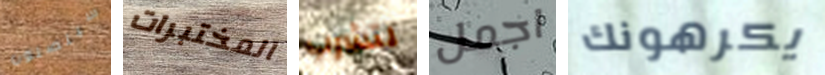
سيتصلون المختبرات لتشرب اجمل يكرهونك